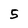
Character: 5